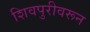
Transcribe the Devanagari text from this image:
शिवपुरीवरून